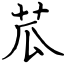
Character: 苽